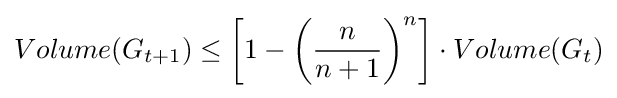
Volume(G_{t+1})\leq \left[1-\left({\frac {n}{n+1}}\right)^{n}\right]\cdot Volume(G_{t})